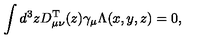
\int d ^ { 3 } z D _ { \mu \nu } ^ { \mathrm { T } } ( z ) \gamma _ { \mu } \Lambda ( x , y , z ) = 0 ,